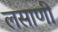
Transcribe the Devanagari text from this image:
लसाणी